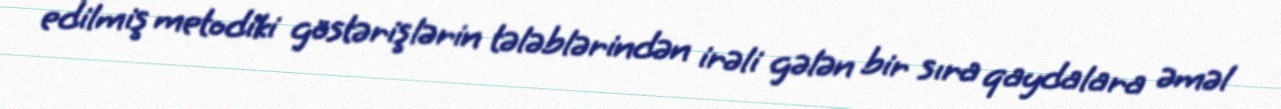
edilmiş metodiki göstərişlərin tələblərindən irəli gələn bir sıra qaydalara əməl